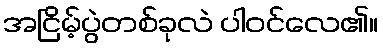
အငြိမ့်ပွဲတစ်ခုလဲ ပါဝင်လေ၏။